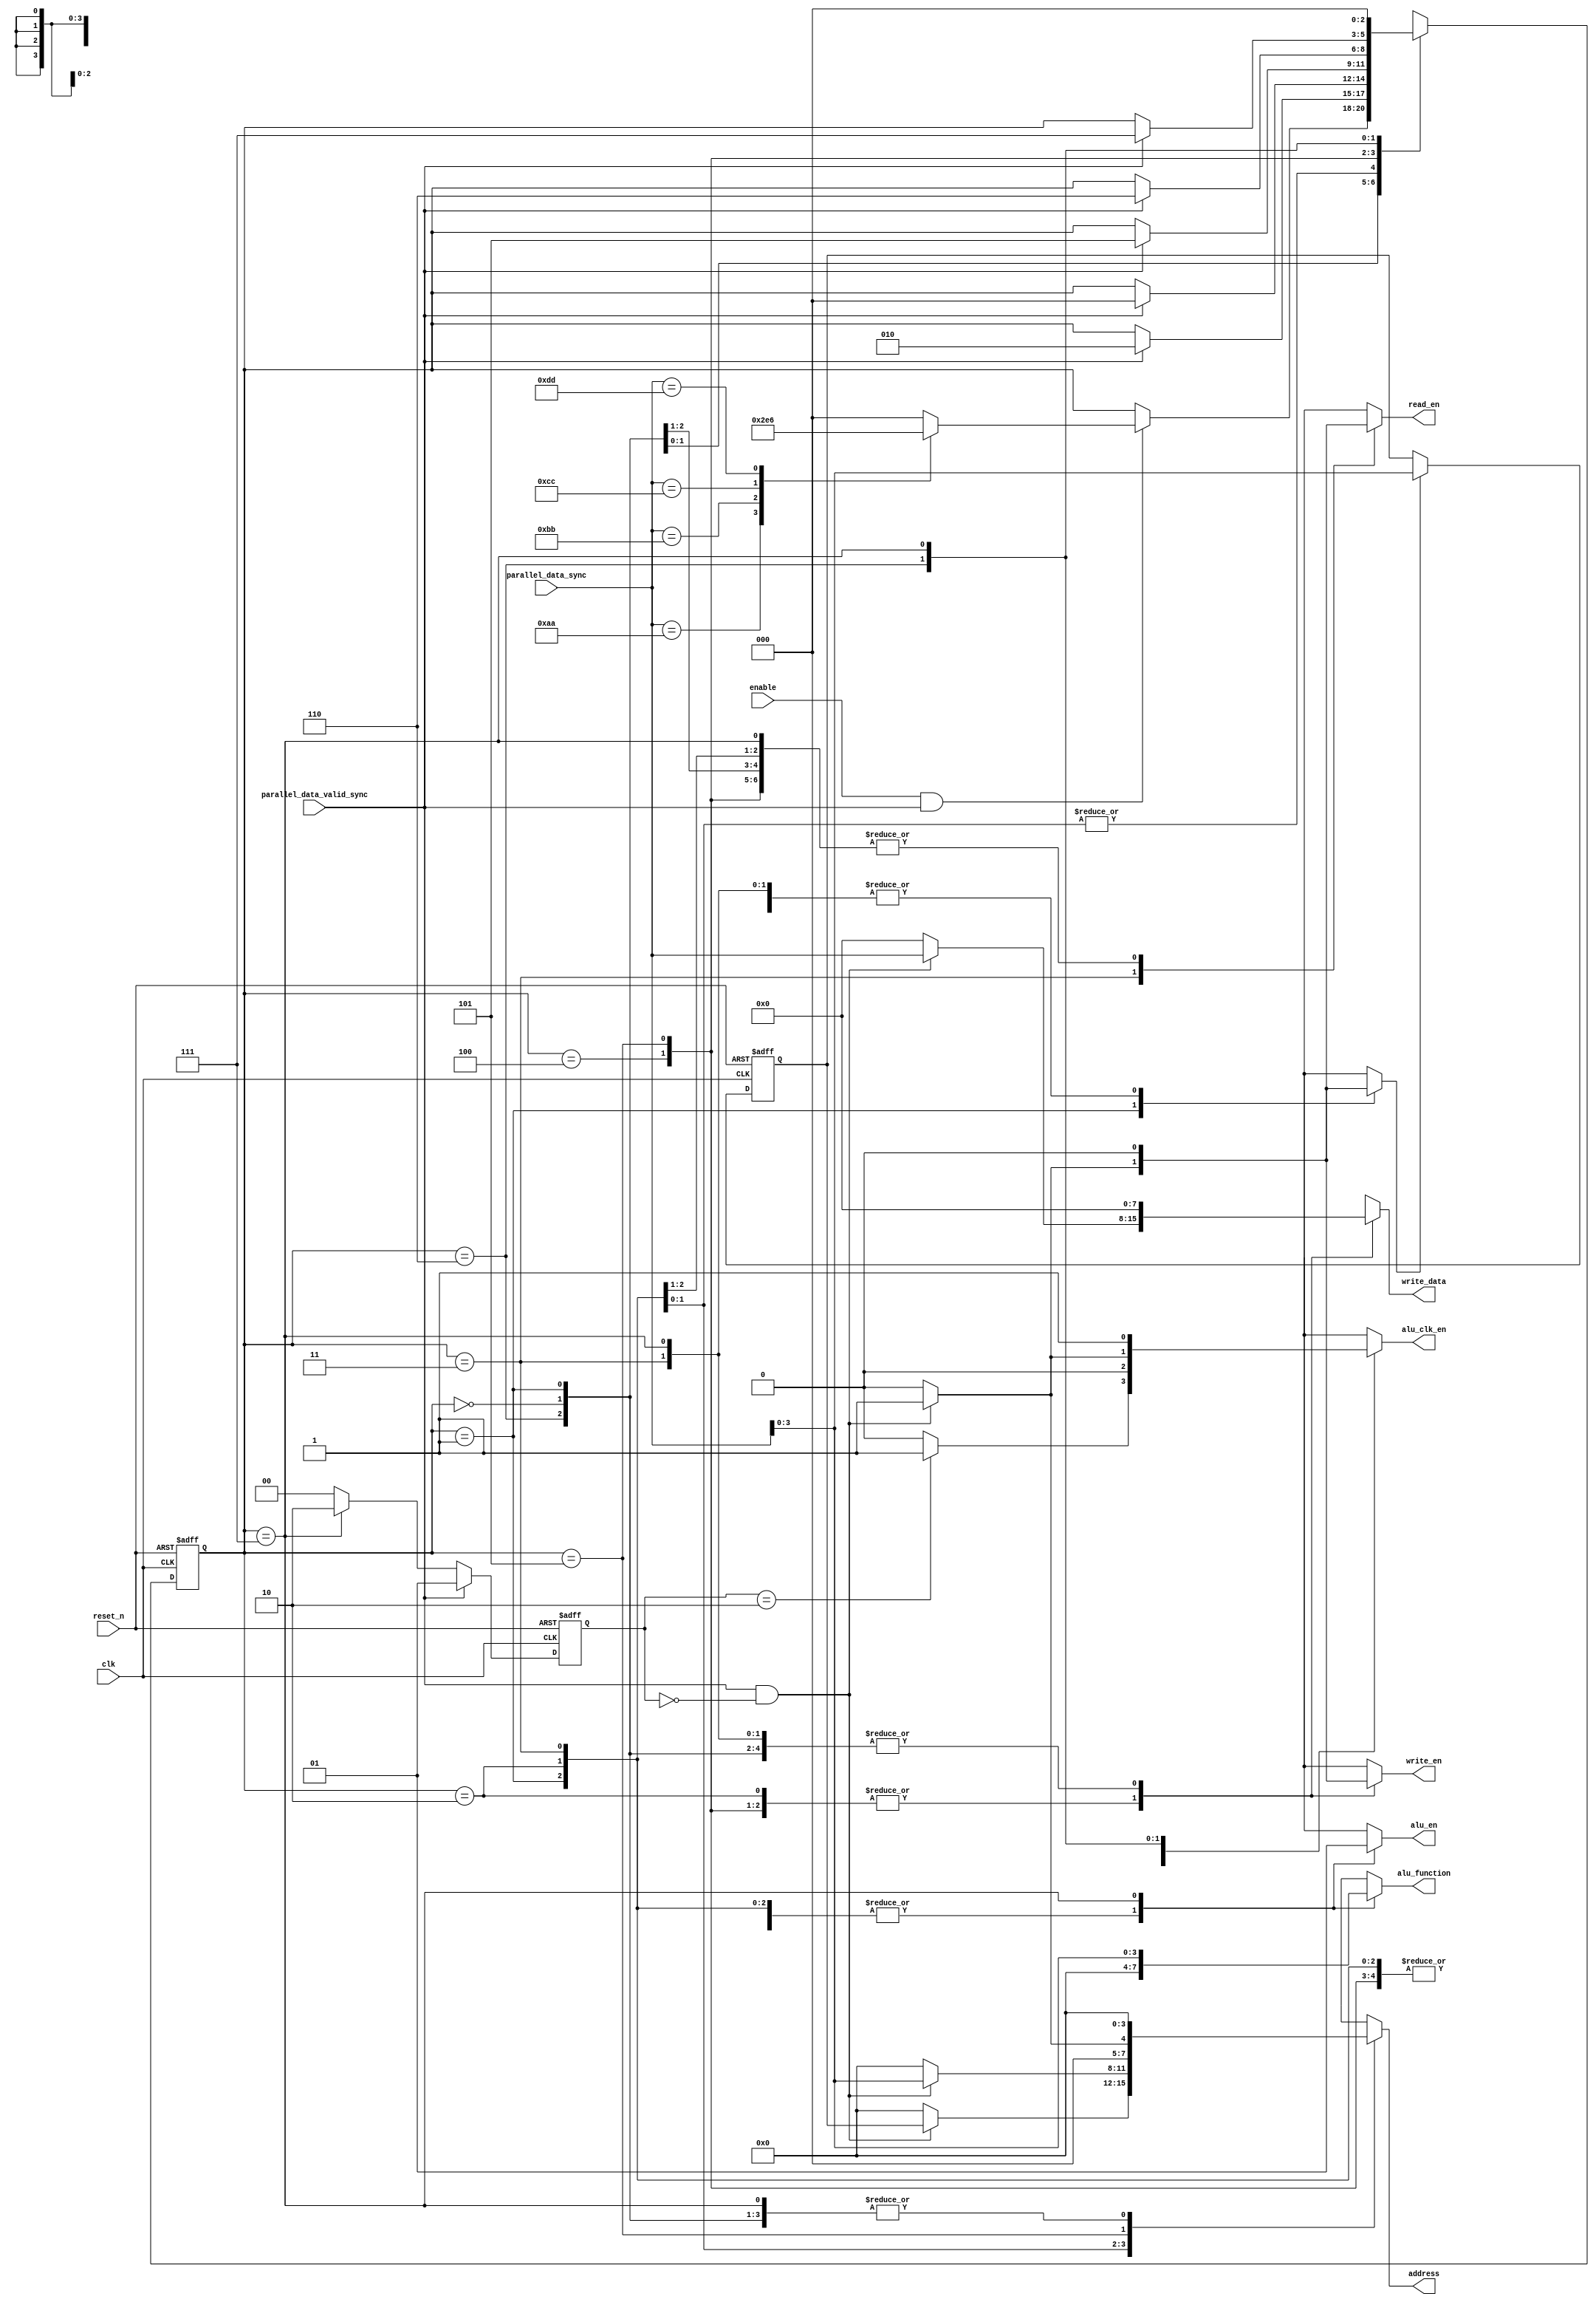
module uart_receiver_controller #(parameter DATA_WIDTH = 8, REGISTER_FILE_DEPTH = 16) (
	input clk,    // Clock
	input enable, // Clock Enable
	input reset_n,  // Asynchronous reset active low
	
	input parallel_data_valid_sync,
	input [DATA_WIDTH-1:0] parallel_data_sync,

	output reg [3:0] alu_function,
	output reg alu_en,
	output reg alu_clk_en,

	output reg [$clog2(REGISTER_FILE_DEPTH)-1:0] address,
	output reg write_en,
	output reg read_en,
	output reg [DATA_WIDTH-1:0] write_data
);

	reg [$clog2(REGISTER_FILE_DEPTH)-1:0] Q_write_address_register;
	reg enable_write_address_register;
	reg [1:0] counter;

	localparam [DATA_WIDTH-1:0] REGISTER_FILE_WRITE_COMMAND = 'hAA;
	localparam [DATA_WIDTH-1:0] REGISTER_FILE_READ_COMMAND = 'hBB;
	localparam [DATA_WIDTH-1:0] ALU_OPERATION_WITH_OP_COMMAND = 'hCC;
	localparam [DATA_WIDTH-1:0] ALU_OPERATION_WITHOUT_OP_COMMAND = 'hDD;

	localparam [$clog2(REGISTER_FILE_DEPTH)-1:0] OPERAND_A_ADDRESS = 'b0;
	localparam [$clog2(REGISTER_FILE_DEPTH)-1:0] OPERAND_B_ADDRESS = 'b1;

	reg [2:0] current_state,next_state;

	localparam [2:0] IDLE =3'b000,
	WAIT_FOR_WRITE_ADDRESS = 3'b001,
	WAIT_FOR_WRITE_DATA = 3'b010,
	WAIT_FOR_READ_ADDRESS = 3'b011,
	WAIT_FOR_OPERAND_A_DATA = 3'b100,
	WAIT_FOR_OPERAND_B_DATA = 3'b101,
	WAIT_FOR_ALU_FUNCTION = 3'b110,
	EVALUATE_RESULTS = 3'b111;

	always @(posedge clk or negedge reset_n) begin
		if(~reset_n) begin
			current_state <= IDLE;
		end else begin
			current_state <= next_state;
		end
	end

	always @*
	begin
		next_state = current_state;
		case(current_state)
			IDLE: 
			begin
				if(enable && parallel_data_valid_sync)
					case (parallel_data_sync)
						REGISTER_FILE_WRITE_COMMAND: begin
							next_state = WAIT_FOR_WRITE_ADDRESS;
						end
						REGISTER_FILE_READ_COMMAND: begin
							next_state = WAIT_FOR_READ_ADDRESS;
						end
						ALU_OPERATION_WITH_OP_COMMAND: begin
							next_state = WAIT_FOR_OPERAND_A_DATA;
						end
						ALU_OPERATION_WITHOUT_OP_COMMAND: begin
							next_state = WAIT_FOR_ALU_FUNCTION;
						end
						default :
							next_state = IDLE;
					endcase
			end
			WAIT_FOR_WRITE_ADDRESS: 
			begin
				if(parallel_data_valid_sync) begin
					next_state = WAIT_FOR_WRITE_DATA;
				end
			end
			WAIT_FOR_WRITE_DATA: 
			begin
				if(parallel_data_valid_sync) begin
					next_state = IDLE;
				end
			end
			WAIT_FOR_READ_ADDRESS: 
			begin
				if(parallel_data_valid_sync)
					next_state = IDLE;
			end
			WAIT_FOR_OPERAND_A_DATA: 
			begin
				if(parallel_data_valid_sync)
					next_state = WAIT_FOR_OPERAND_B_DATA;
			end
			WAIT_FOR_OPERAND_B_DATA:
			begin
				if(parallel_data_valid_sync)
					next_state = WAIT_FOR_ALU_FUNCTION;
			end
			WAIT_FOR_ALU_FUNCTION: 
			begin
				if(parallel_data_valid_sync)
					next_state = EVALUATE_RESULTS;
			end
			EVALUATE_RESULTS: 
				next_state = IDLE;
		endcase
	end
	always @(posedge clk or negedge reset_n)
	begin
		if(~reset_n)
			Q_write_address_register <= 0;
		else if(enable_write_address_register)
			Q_write_address_register <= parallel_data_sync[$clog2(REGISTER_FILE_DEPTH)-1:0];
	end
	always @(posedge clk or negedge  reset_n)
	begin
		if(~reset_n)
			counter <= 2'b00;
		else if(parallel_data_valid_sync)
			counter <= 2'b01;
		else if(current_state == EVALUATE_RESULTS)
			counter <= 2'b10;
		else 
			counter <= 0;
	end

	always @(*) begin
		alu_function = 'b0;
		alu_en = 0;
		alu_clk_en = 0;
		enable_write_address_register = 0;
		address = 'b0;
		write_en = 0;
		write_data = 'b0;
		read_en = 0;
		
		case(current_state)
			IDLE:
			 begin
			 	if(counter == 2'b10)
			 		alu_clk_en = 1;
			 	else
			 		alu_clk_en = 0;
			 end
			 WAIT_FOR_WRITE_ADDRESS: 
			 begin
			 	if(parallel_data_valid_sync && counter == 0)
			 		enable_write_address_register = 1;
			 	else
			 		enable_write_address_register = 0;
			 end
			 WAIT_FOR_WRITE_DATA: 
			 begin
			 	if(parallel_data_valid_sync && counter == 0)
			 	begin
			 		address = Q_write_address_register;
			 		write_data = parallel_data_sync;
			 		write_en = 1;
			 	end
			 end
			 WAIT_FOR_READ_ADDRESS: 
			 begin
			 	if(parallel_data_valid_sync && counter == 0)
			 	begin
			 		address = parallel_data_sync[$clog2(REGISTER_FILE_DEPTH)-1:0];
			 		read_en = 1;
			 	end

			 end
			 WAIT_FOR_OPERAND_A_DATA: 
			 begin
			 	if(parallel_data_valid_sync && counter == 0)
			 	begin
			 		read_en = 0;
			 		address = OPERAND_A_ADDRESS;
			 		write_en = 1;
			 		write_data = parallel_data_sync;
			 	end
			 end
			 WAIT_FOR_OPERAND_B_DATA: 
			 begin
			 	if(parallel_data_valid_sync && counter == 0)
			 	begin
			 		read_en = 0;
			 		address = OPERAND_B_ADDRESS;
			 		write_en = 1;
			 		write_data = parallel_data_sync;
			 	end
			 end
			 WAIT_FOR_ALU_FUNCTION: 
			 begin
			 	if(parallel_data_valid_sync && counter == 0)
			 	begin
			 		alu_clk_en = 1;
			 	end
			 end
			 EVALUATE_RESULTS: 
			 begin
			 	alu_clk_en = 1;
			 	alu_en = 1;
			 	alu_function = parallel_data_sync[3:0];
			 end
		endcase
	end
endmodule